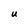
Character: U